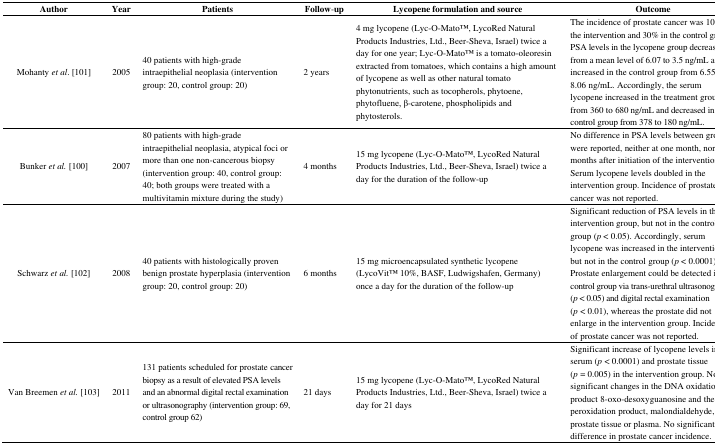
<table><thead><tr><td><b>Author</b></td><td><b>Year</b></td><td><b>Patients</b></td><td><b>Follow-up</b></td><td><b>Lycopene formulation and source</b></td><td><b>Outcome</b></td></tr></thead><tbody><tr><td>Mohanty <i>et al</i>. [101]</td><td>2005</td><td>40 patients with high-grade intraepithelial neoplasia (intervention group: 20, control group: 20)</td><td>2 years</td><td>4 mg lycopene (Lyc-O-MatoTM, LycoRed Natural Products Industries, Ltd., Beer-Sheva, Israel) twice a day for one year; Lyc-O-MatoTM is a tomato-oleoresin extracted from tomatoes, which contains a high amount of lycopene as well as other natural tomato phytonutrients, such as tocopherols, phytoene, phytofluene, β-carotene, phospholipids and phytosterols.</td><td>The incidence of prostate cancer was 10% in the intervention and 30% in the control group. PSA levels in the lycopene group decreased from a mean level of 6.07 to 3.5 ng/mL and increased in the control group from 6.55 to 8.06 ng/mL. Accordingly, the serum lycopene increased in the treatment group from 360 to 680 ng/mL and decreased in the control group from 378 to 180 ng/mL.</td></tr><tr><td>Bunker <i>et al.</i> [100]</td><td>2007</td><td>80 patients with high-grade intraepithelial neoplasia, atypical foci or more than one non-cancerous biopsy (intervention group: 40, control group: 40; both groups were treated with a multivitamin mixture during the study)</td><td>4 months</td><td>15 mg lycopene (Lyc-O-MatoTM, LycoRed Natural Products Industries, Ltd., Beer-Sheva, Israel) twice a day for the duration of the follow-up</td><td>No difference in PSA levels between groups were reported, neither at one month, nor four months after initiation of the intervention. Serum lycopene levels doubled in the intervention group. Incidence of prostate cancer was not reported.</td></tr><tr><td>Schwarz <i>et al.</i> [102]</td><td>2008</td><td>40 patients with histologically proven benign prostate hyperplasia (intervention group: 20, control group: 20)</td><td>6 months</td><td>15 mg microencapsulated synthetic lycopene (LycoVitTM 10%, BASF, Ludwigshafen, Germany) once a day for the duration of the follow-up</td><td>Significant reduction of PSA levels in the intervention group, but not in the control group (<i>p</i> &lt; 0.05). Accordingly, serum lycopene was increased in the intervention, but not in the control group (<i>p</i> &lt; 0.0001). Prostate enlargement could be detected in the control group via trans-urethral ultrasonography (<i>p</i> &lt; 0.05) and digital rectal examination (<i>p</i> &lt; 0.01), whereas the prostate did not enlarge in the intervention group. Incidence of prostate cancer was not reported.</td></tr><tr><td>Van Breemen <i>et al.</i> [103]</td><td>2011</td><td>131 patients scheduled for prostate cancer biopsy as a result of elevated PSA levels and an abnormal digital rectal examination or ultrasonography (intervention group: 69, control group 62)</td><td>21 days</td><td>15 mg lycopene (Lyc-O-MatoTM, LycoRed Natural Products Industries, Ltd., Beer-Sheva, Israel) twice a day for 21 days</td><td>Significant increase of lycopene levels in the serum (<i>p</i> &lt; 0.0001) and prostate tissue (<i>p</i> = 0.005) in the intervention group. No significant changes in the DNA oxidation product 8-oxo-desoxyguanosine and the lipid peroxidation product, malondialdehyde, in prostate tissue or plasma. No significant difference in prostate cancer incidence.</td></tr></tbody></table>